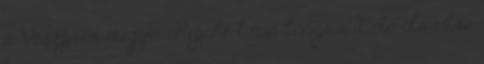
a Veszprém megyei Repche-t non longe a dicto claustro